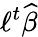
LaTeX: \ell^{t}{\widehat{\beta}}